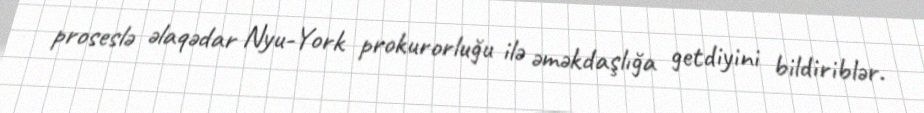
proseslə əlaqədar Nyu-York prokurorluğu ilə əməkdaşlığa getdiyini bildiriblər.